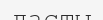
ласты